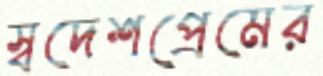
স্বদেশপ্রেমের